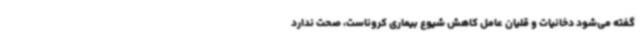
گفته می‌شود دخانیات و قلیان عامل کاهش شیوع بیماری کروناست، صحت ندارد